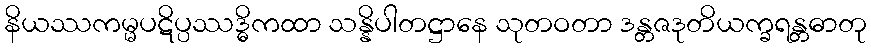
နိယဿကမ္မပဋိပ္ပဿဒ္ဓိကထာ သန္နိပါတဋ္ဌာနေ သုတဝတာ ဒန္တဇဒုတိယက္ခရန္တဓာတု